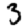
Digit: 3